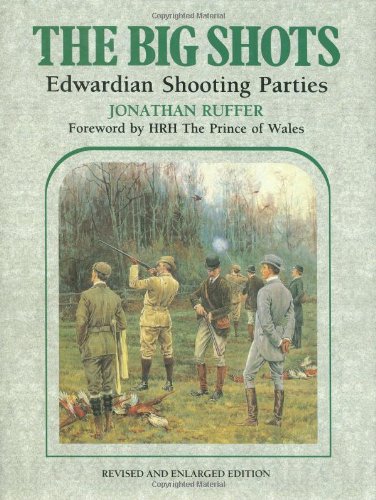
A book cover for Big Shots, The: Edwardian Shooting Parties; Jonathan Garnier Ruffer; Humor & Entertainment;